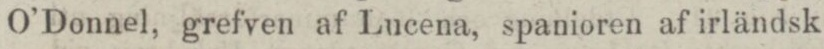
O’Donnel, grefven af Lucena, spanioren af irländsk